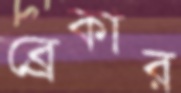
ব্রেকার